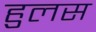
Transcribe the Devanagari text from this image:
हुलस